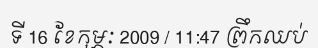
ទី 16 ខែកុម្ភៈ 2009 / 11:47 ព្រឹកឈប់